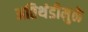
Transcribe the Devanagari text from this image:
अतिथंडीमुळे